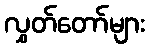
လွှတ်တော်များ